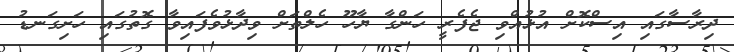
ދިރާސާގައި އިސްކޮށް އުޅުއްވި ޖެފެރީ ހަންގާ ޔާހޫ ހެލްތަށް ވިދާޅުވެފައިވާ ގޮތުގައި ހަށިގަނޑު